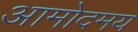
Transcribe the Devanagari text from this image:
आमोदमय